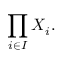
\prod _ { i \in I } X _ { i } .